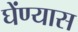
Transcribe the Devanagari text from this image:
घेंण्यास